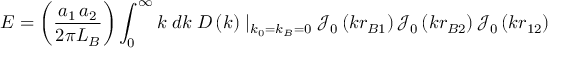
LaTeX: E = \left( { \frac { a _ { 1 } \, a _ { 2 } } { 2 \pi L _ { B } } } \right) \int _ { 0 } ^ { \infty } { k \; d k \; } D \left( k \right) \mid _ { k _ { 0 } = k _ { B } = 0 } { \mathcal { J } } _ { 0 } \left( k r _ { B 1 } \right) { \mathcal { J } } _ { 0 } \left( k r _ { B 2 } \right) { \mathcal { J } } _ { 0 } \left( k r _ { 1 2 } \right)